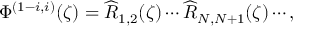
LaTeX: \Phi ^ { ( 1 - i , i ) } ( \zeta ) = \widehat { R } _ { 1 , 2 } ( \zeta ) \cdots \widehat { R } _ { N , N + 1 } ( \zeta ) \cdots ,